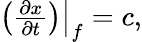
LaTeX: \begin{array}{r}{\left.\left(\frac{\partial x}{\partial t}\right)\right\rvert_{f}=c,}\end{array}